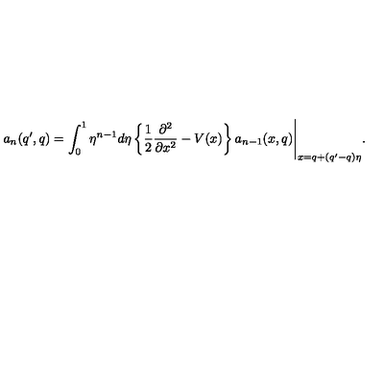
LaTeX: a _ { n } ( q ^ { \prime } , q ) = \int _ { 0 } ^ { 1 } \eta ^ { n - 1 } d \eta \left\{ \frac { 1 } { 2 } \frac { \partial ^ { 2 } } { \partial x ^ { 2 } } - V ( x ) \right\} a _ { n - 1 } ( x , q ) \Biggl . \Biggr | _ { x = q + ( q ^ { \prime } - q ) \eta } .